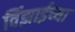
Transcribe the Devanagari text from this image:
विंझाईच्या